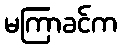
မကြာခင်က